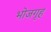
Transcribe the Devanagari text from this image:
भोजगृह